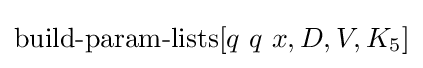
\operatorname {build-param-lists} [q\ q\ x,D,V,K_{5}]